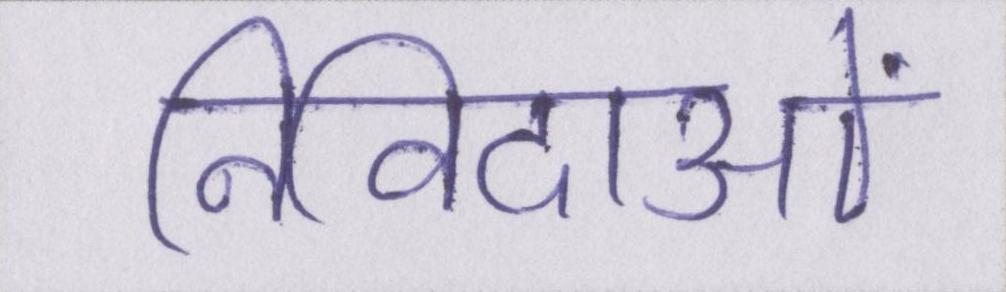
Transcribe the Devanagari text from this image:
निविदाओं